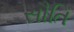
સૌતિ